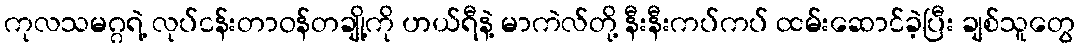
ကုလသမဂ္ဂရဲ့ လုပ်ငန်းတာဝန်တချို့ကို ဟယ်ရီနဲ့ မာကဲလ်တို့ နီးနီးကပ်ကပ် ထမ်းဆောင်ခဲ့ပြီး ချစ်သူတွေ